Civil Veterinary Department. United Provinces 1912-22 - 1912-1922
Year: 1912
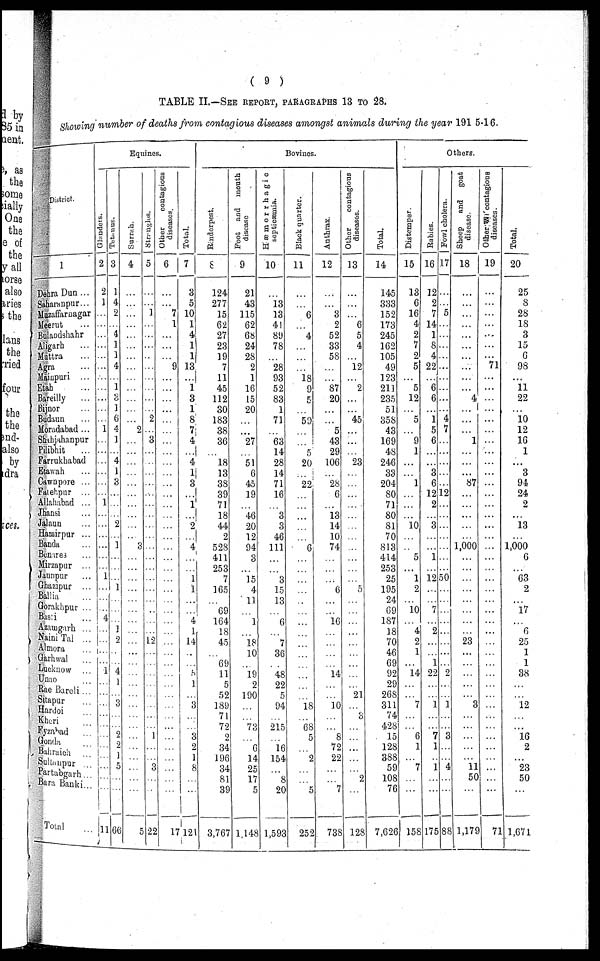
( 9 )
TABLE II.—SEE REPORT, PARAGRAPHS 13 TO 28.
Showing number of deaths from contagious diseases amongst animals during the year 1915-16.
District.
1
Dehra Dun ...
Saharanpur ...
Mazaffarnagar
Meerut ...
Bulandshahr
Aligarh ...
Muttra ...
Agra
...
Mainpury ...
Etah ...
Bareilly ...
Bijnor ...
Budaun ...
Moradabad ...
Shahjahanpur
Pilbhit ...
Farrukhabad
Etawah ...
Cawnpore ...
Fatehpur ...
Allahabad ...
Jhansi ...
Jalaun ...
Hamirpur ...
Banda ...
Benares ...
Mirzapur ...
Jaunpur ...
Ghuzipur ...
Balia ...
Gorakhpur ...
Basti ...
Azamgarh ...
Naini Tal ...
Almera ...
Garhwal ...
Lucknow ...
Umro ...
Rae bareli ...
Sitapur ...
Hardoi ...
Kheri...
Fyzabad ...
Gonda ...
Bakraica ...
Sultanpur ...
Partabgarh ...
Bara Banki ...
Total ...
Equities.
Glanders.
2
2
1
...
...
...
...
...
...
...
...
...
...
...
1
...
...
...
...
...
...
1
...
...
...
...
...
...
1
...
...
...
4
...
...
...
...
1
...
...
...
...
...
...
...
...
...
...
...
11
Tetanus.
3
1
4
2
...
4 1
1
4
..
1
3
1
6 4
1
...
4
1
3
...
...
...
2
...
1
...
...
...
...
...
...
...
1
2
...
...
4
1
...
3
...
...
2
2
1
5
...
...
66
Surra.
4
...
...
...
...
...
...
...
...
...
...
...
...
...
2
...
...
...
...
...
...
...
...
...
...
3
...
...
...
...
...
...
...
...
...
...
...
...
...
...
...
...
...
...
...
...
...
...
...
5
Strangles.
5
...
...
1
...
...
...
...
...
...
...
...
...
2
...
3
...
...
...
...
...
...
...
...
...
...
...
...
...
...
...
...
...
...
12
...
...
...
...
...
...
...
...
1
...
...
3
...
...
22
Other
contagious
diseases.
6
...
...
7
1
...
...
...
9
...
...
...
...
...
...
...
...
...
...
...
...
...
...
...
...
...
...
...
...
...
...
...
...
...
...
...
...
...
...
...
...
...
...
...
...
...
...
...
...
17
Total.
7
3
5
10
1
4
1
1
13
...
1
3
1
8
7
4
...
4
1
3
...
1
...
2
...
4
...
...
1
1
...
...
4
1
14
...
...
5
1
...
3
...
...
3
2
l
8
...
...
121
Bovines.
Rinderpest.
8
124
277
15
62
27
23
19
7
11
45
112
30
183
38
36
...
18
13
38
39
71
18
44
2
528
411
253
7
165
...
69
164
18
45
...
69
11
5
52
189
71
72
2
34
196
34
81
39
3,767
Foot and mouth
disease
9
21
43
115
62
68
24
28
2
1
16
15
20
...
...
27
...
51
6
45
19
...
46
20
12
94
3
...
15
4
11
...
1
...
18
10
...
19
2
190
...
...
73
...
6 14
25
17
5
1,148
Hæmorrhagic
septicæmia.
10
...
13
13
41
89
78
...
28
93
52
83
1
71
...
63
14
28
14
71
16
...
3
3
46
111
...
...
3
15
13
...
6
...
7
36
...
48
22
5
94
...
215
...
16
154
...
8
20
1,593
Black quarter.
11
...
...
6
...
4
...
...
...
18
9
5
...
50
...
...
5
20
...
22
...
...
...
...
...
6
...
...
...
...
1
...
...
...
...
...
...
...
...
...
18
...
68
5
...
2
...
...
5
252
Anthrax.
12
...
...
3
2
52
33
58
...
...
87
20
...
...
5
43
29
106
...
28
6
...
13
14
10
74
...
...
...
6
...
...
16
...
...
...
...
14
...
...
10
...
...
8
72
22
...
...
7
736
Other
contagious
diseases.
13
...
...
...
6
5
4
...
12
...
2
...
...
45
...
...
...
23
...
...
...
...
...
...
...
...
...
...
5
...
...
...
...
...
...
...
...
...
21
...
3
...
...
...
...
...
2
...
128
Total.
14
145
333
152
173
245
162
105
49
123
211
235
51
358
43
169
48
246
33
204
80
71
80
81
70
813
414
253
25
195
24
69
187
18
70
46
69
92
29
268
311
74
428
15
128
388
59
108
76
7,626
Others.
Distemper.
15
13
6
16
4
2
7
2
5
...
5
12
...
5
...
9
1
...
...
1
...
...
...
10
...
...
5
...
1
2
...
10
...
4
2
1
...
14
...
...
7
...
...
6
1
...
7
...
...
158
Rabies.
16
12
2
7
14
1
8
4
22
...
6
6
...
1
5
6
...
...
3
6
12
2
...
3
...
...
1
...
12
...
...
...
...
2
...
...
1
22
...
...
1
...
...
7
1
...
1
...
...
175
Fowl cholera.
17
...
...
5
...
...
...
...
...
...
...
...
...
4
7
...
...
...
...
...
12
...
...
...
...
...
...
...
50
...
...
...
...
...
...
...
...
2
...
...
1
...
...
3
...
...
4
...
...
88
Sheep
and
goat
disease.
18
...
...
...
...
...
...
...
...
...
...
4
...
...
...
1
...
...
...
87
...
...
...
...
...
1,000
...
...
...
...
...
...
...
...
23
...
...
...
...
...
3
...
...
...
...
...
11 50
...
1,179
Other
contagious
diseases.
19
...
...
...
...
...
...
71
...
...
...
...
...
...
...
...
...
...
...
...
...
...
...
...
...
...
...
...
...
...
...
...
...
...
...
...
...
...
...
...
...
...
...
...
...
...
...
...
71
Total.
20
25
8
28
18
3
15
6
98
...
11
22
...
10
12
16
1
...
3
94
24
2
...
13
...
1,000
6
...
63
2
...
17
...
6
25
1
1
38
...
...
12
...
...
16
2
...
23
50
...
1,671